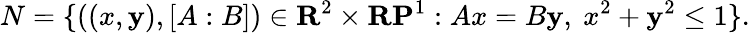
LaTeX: N=\{ ((x,\mathbf{y}),[A:B])\in\mathbf{{R}}^{2}\times\mathbf{{RP}}^{1}:Ax=B\mathbf{y},\ x^{2}+\mathbf{y}^{2}\leq1\} .